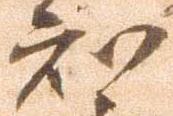
知